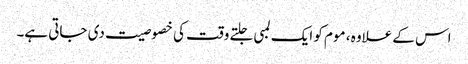
اس کے علاوہ ، موم کو ایک لمبی جلتے وقت کی خصوصیت دی جاتی ہے۔